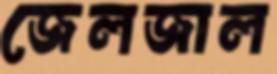
জেলজাল